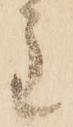
主